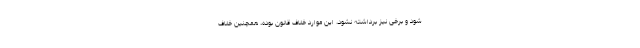
شود و برخی نیز برداشته نشود، این موارد خلاف قانون بوده، همچنین خلاف